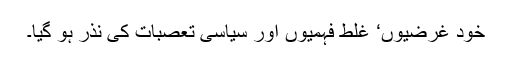
خود غرضیوں‘ غلط فہمیوں اور سیاسی تعصبات کی نذر ہو گیا۔